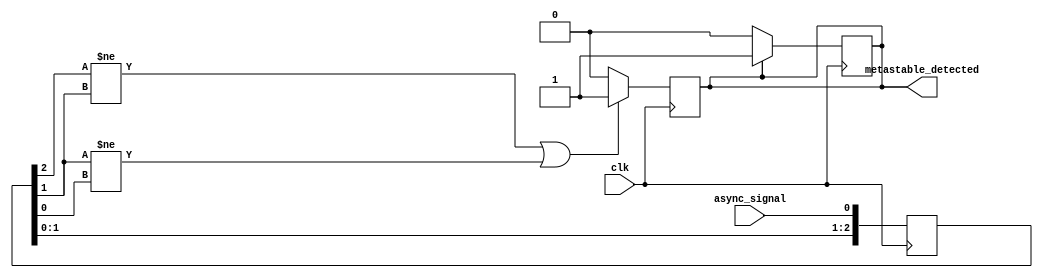
module metastability_detector #(
    parameter NUM_SAMPLES = 3,  // Number of sampling stages
    parameter DEBOUNCE_CYCLES = 4 // Number of cycles for debounce
)(
    input wire clk,              // Clock signal
    input wire async_signal,     // Asynchronous input signal
    output reg metastable_detected // Output signal indicating metastability
);

    // Internal signals for the flip-flops
    reg [NUM_SAMPLES-1:0] samples; // Register array to hold sampled values
    reg [DEBOUNCE_CYCLES-1:0] debounce_counter; // Counter for debounce mechanism

    // Sampling mechanism
    always @(posedge clk) begin
        // Shift the samples to the right and sample the async_signal
        samples <= {samples[NUM_SAMPLES-2:0], async_signal};
    end

    // Metastability detection logic
    always @(posedge clk) begin
        // Check for transitions in the sampled values
        if ((samples[NUM_SAMPLES-1] != samples[NUM_SAMPLES-2]) ||
            (samples[NUM_SAMPLES-2] != samples[NUM_SAMPLES-3])) begin
            metastable_detected <= 1'b1; // Metastability detected
        end else begin
            metastable_detected <= 1'b0; // No metastability detected
        end
    end

    // Debounce mechanism
    always @(posedge clk) begin
        if (metastable_detected) begin
            debounce_counter <= debounce_counter + 1;
            if (debounce_counter == DEBOUNCE_CYCLES - 1) begin
                metastable_detected <= 1'b1; // Assert metastability after debounce
            end
        end else begin
            debounce_counter <= 0; // Reset counter if no metastability detected
        end
    end

endmodule